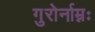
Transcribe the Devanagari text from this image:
गुरोर्नाम्नः